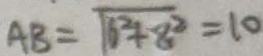
A B = \sqrt { 6 ^ { 2 } + 8 ^ { 2 } } = 1 0